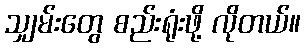
သျှမ်းတွေ စည်းရုံးဖို့ လိုတယ်။